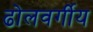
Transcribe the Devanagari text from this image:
ढोलवर्गीय